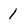
Character: 1